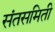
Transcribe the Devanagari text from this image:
संतसमिती